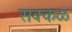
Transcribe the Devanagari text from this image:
सक्‍कळ